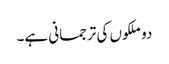
دو ملکوں کی ترجمانی ہے۔